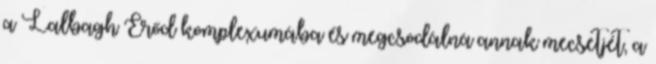
a Lalbagh Erőd komplexumába és megcsodálná annak mecsetjét, a